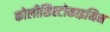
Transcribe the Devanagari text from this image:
कोलीसिस्टोकाइनिन